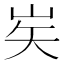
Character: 㞺